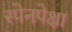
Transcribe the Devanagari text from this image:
स्पेनपेक्षा